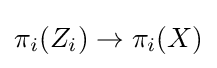
\pi _{i}(Z_{i})\to \pi _{i}(X)